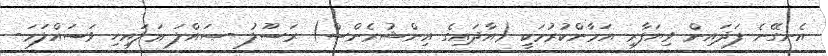
އެނގޭނެ ފަދައިން ވިޔަފާރި އަމާންކުރުމަކީ (އާދައިގެ އިންޝުރެންސް) ރަސޫލު -ޞައްލަ ޢަލައިހި ވަސައްލަމަ-